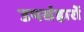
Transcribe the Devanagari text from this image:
उपसंहारों